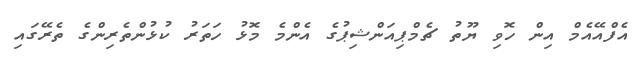
އެފްއޭއެމް އިން ހޮވި ޔޫތު ޗެމްޕިއަންޝިޕުގެ އެންމެ މޮޅު ހަތަރު ކުޅުންތެރިންގެ ތެރޭގައި